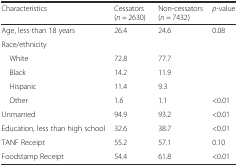
<table><thead><tr><td><b>Characteristics</b></td><td><b>Cessators (<i>n</i> = 2630)</b></td><td><b>Non-cessators (<i>n</i> = 7432)</b></td><td><b><i>p-</i>value</b></td></tr></thead><tbody><tr><td>Age, less than 18 years</td><td>26.4</td><td>24.6</td><td>0.08</td></tr><tr><td colspan="4">Race/ethnicity</td></tr><tr><td> White</td><td>72.8</td><td>77.7</td><td></td></tr><tr><td> Black</td><td>14.2</td><td>11.9</td><td></td></tr><tr><td> Hispanic</td><td>11.4</td><td>9.3</td><td></td></tr><tr><td> Other</td><td>1.6</td><td>1.1</td><td>&lt;0.01</td></tr><tr><td>Unmarried</td><td>94.9</td><td>93.2</td><td>&lt;0.01</td></tr><tr><td>Education, less than high school</td><td>32.6</td><td>38.7</td><td>&lt;0.01</td></tr><tr><td>TANF Receipt</td><td>55.2</td><td>57.1</td><td>0.10</td></tr><tr><td>Foodstamp Receipt</td><td>54.4</td><td>61.8</td><td>&lt;0.01</td></tr></tbody></table>